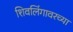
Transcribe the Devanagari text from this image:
शिवलिंगावरच्या